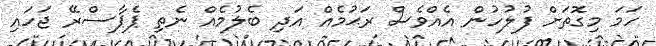
ހަމަ މިގޮތަށް ފުލުހުން އެއްވެސް ރަޙުމެއް އަދި ބެލުމެއް ނެތި ޕެޕާސްރޭ ޖަހައި